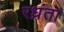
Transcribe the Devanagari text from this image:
रध्रंता